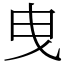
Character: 曳